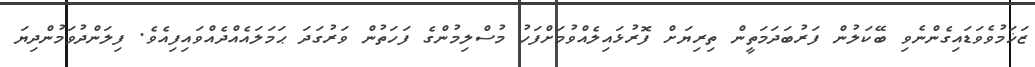
ޒަޚަމުވެވަޑައިގެންނެވި ބޭކަލުން ފަރުބަދަމަތީން ތިރިޔަށް ފޮރުޅައިލެއްވުމަށްފަހު މުސްލިމުންގެ ފަހަތުން ވަރުގަދަ ޙަމަލައެއްދެއްވައިފިއެވެ. ފިލަންދުވަމުންދިޔަ